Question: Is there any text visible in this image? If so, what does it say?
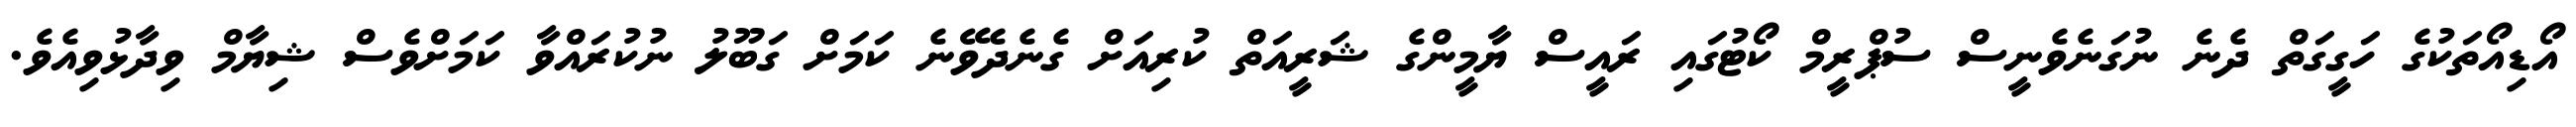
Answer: އޯޑިއޯތަކުގެ ހަގީގަތް ދެނެ ނުގަނެވެނީސް ސުޕްރީމް ކޯޓުގައި ރައީސް ޔާމީންގެ ޝަރީއަތް ކުރިއަށް ގެނެދެވޭނެ ކަމަށް ގަބޫލު ނުކުރައްވާ ކަމަށްވެސް ޝިޔާމް ވިދާޅުވިއެވެ.